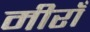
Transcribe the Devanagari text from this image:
मीराँ